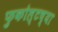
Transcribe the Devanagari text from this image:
फुकोल्टच्या